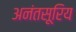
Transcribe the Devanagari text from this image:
अनंतसूरिय